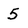
Character: 5